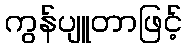
ကွန်ပျူတာဖြင့်